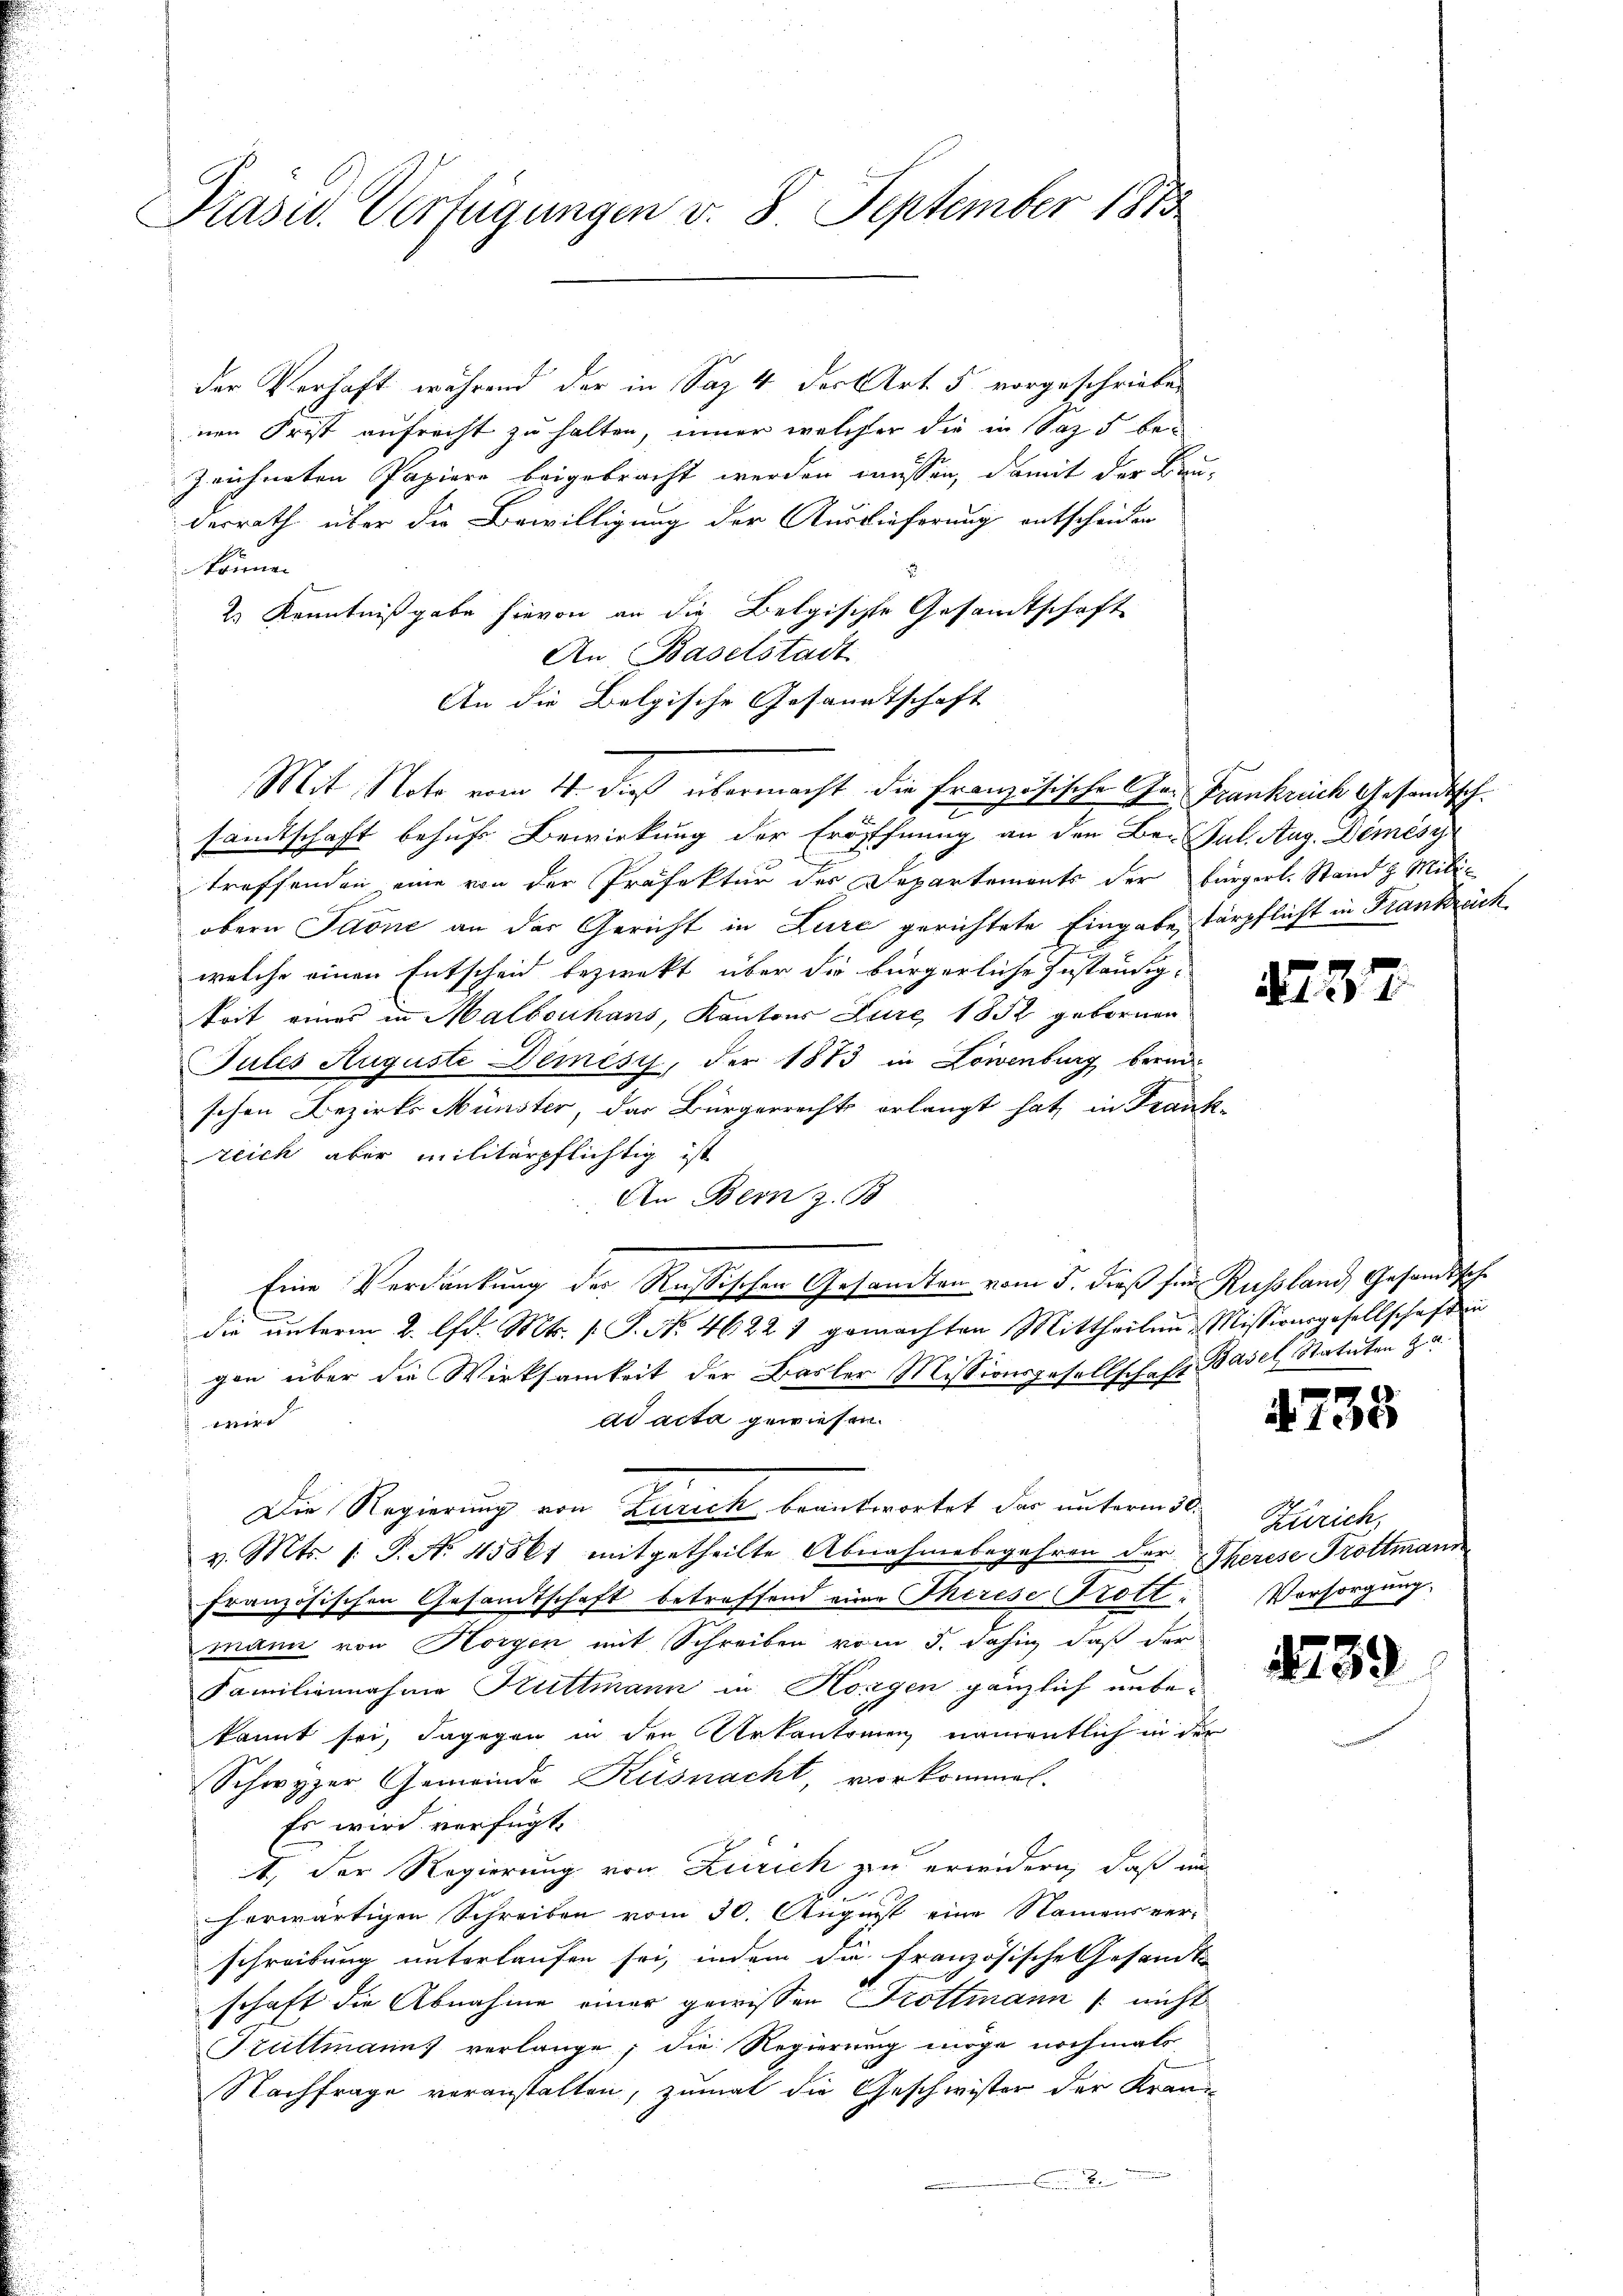
Prasiv. Verfügungen v. 8. September 1873

der Verhaft während der in Saz 4 der Art. 5 vorgeschrieben
nen Frist aufrecht zu halten, inner welcher die in Saz 5 be-
zeichneten Papiere beigebracht werden müssen, damit der Bau-
derrath über die Bewilligung der Auslieferung entscheiden
können
2 Kenntnißgabe hievon an die Belgische Gesandtschaft
An Baselstadt
An die Belgische Gesandtschaft
Mit Note vom 4. dieß übermacht die Französische Gr. Frankreich Gesandtsch.
samtschaft behufs Bewirkung der Eröffnung an den Be- Jul. Aug. Demésy
troffenden eine von der Präfektur des Departements der bürgerl. Stand z. Miliobern Jaone an der Gericht in Lure gerichtete Eingabe, tärpflicht in Frankräch
welche einen Entscheid bezwekt über die bürgerliche Zuständigkoit eines in Malbouhans, Kantons Zure 1852 gebornen
Jules Auguste Demésy, der 1873 in Löwenburg berei
schen Bezirks Münster, das Bürgerrechts erlangt hat, in Frank-
reich aber militärpflichtig ist
An Bern z. 18
Eine Verdankung der Russischen Gesandten vom 5. dieß für Russland Gesandtschdie unterm 2. lfd. Mts. s. S. No. 46221 gemachten Mittheilen Missionsgesellschaft in
gen über die Wirksamkeit der Basler Missionsgesellschaft Basel Statuten u. a.
ad acta gewiesen.
wird
Die Regierung von Zürich beantwortet der unterm 30.
v. Mts. 1. P. N. 45861 mitgetheilte Abnahmebegehren der Therese Krottmann
französischen Gesandtschaft betreffend eine Therese Trottmann von Horgen mit Schreiben vom 5. dahin, daß der
Familiennahme Kuttmann in Horgen gänzlich unbekannt sei, dagegen in den Urkantonen namentlich in der
Schwyzer Gemeinde Küsnacht, vorkommel-
Es wird verfügt,
1. Der Regierung von Zürich zu erwidern, daß un
herwärtigen Schreiben vom 30. August eine Namens verschreibung unterlaufen sei, indem die Französische Gesandts
schaft die Abnahme einer gewissen Krottmann nicht
Huttmanns verlange, die Regierung möge nochmals
Nachfrage veranstalten, zumal die Geschwister der Kran¬

37

735

Zürich,
Vorsorgung.

39